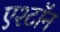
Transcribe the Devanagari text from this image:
एश्टॉन